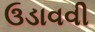
ઉડાવવી